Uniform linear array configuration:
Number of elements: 4
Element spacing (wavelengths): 0.5
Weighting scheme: hann
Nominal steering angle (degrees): -60
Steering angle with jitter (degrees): -60.508
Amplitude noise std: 0.05
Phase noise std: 0.05

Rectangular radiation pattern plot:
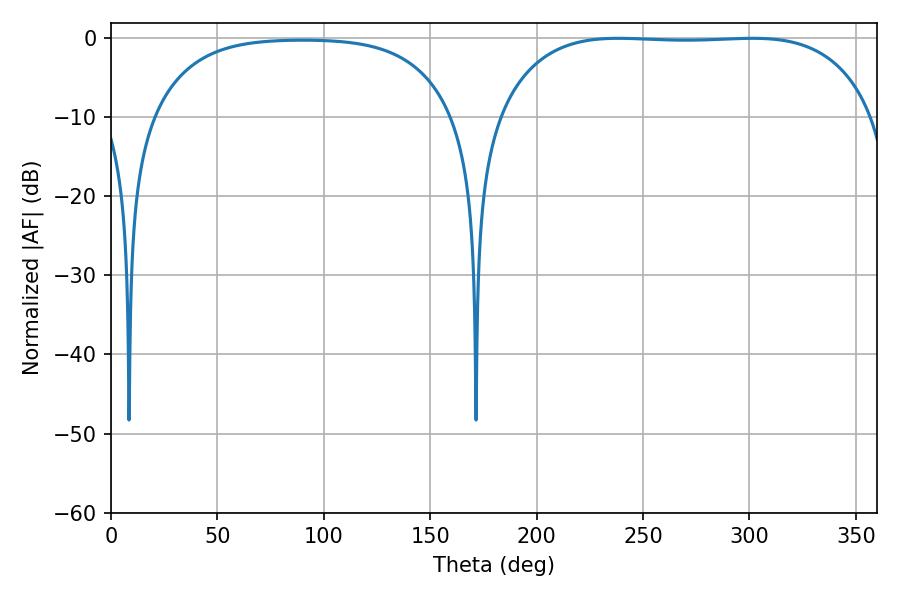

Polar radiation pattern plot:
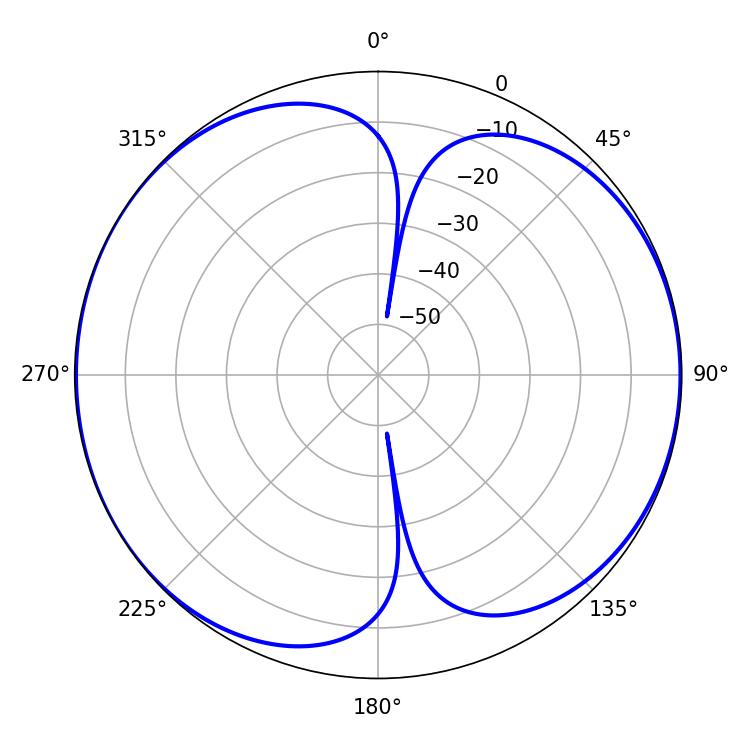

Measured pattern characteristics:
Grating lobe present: FALSE
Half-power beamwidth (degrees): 138.6
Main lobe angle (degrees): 238.5